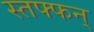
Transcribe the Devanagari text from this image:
स्तफ्फन्